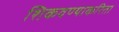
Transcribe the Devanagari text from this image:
शिकवण्याकरिता